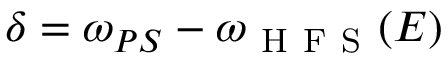
\delta = \omega _ { P S } - \omega _ { \mathrm { ~ H ~ F ~ S ~ } } ( E )